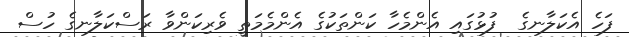
ފަހެ އެކަލާނގެ  ފުޅުގައި އެންމެހާ ކަންތަކުގެ އެންމެމަތީ ވެރިކަންވާ ރަސްކަލާނގެ ހުސް